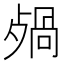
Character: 𣨷